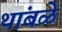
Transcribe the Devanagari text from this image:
थांबळे